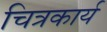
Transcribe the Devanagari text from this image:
चित्रकार्य